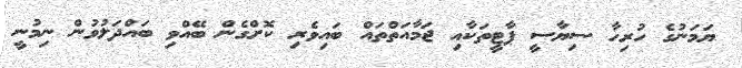
ޔަމަނުގެ ހުރިހާ ސިޔާސީ ޕާޓީތަކާއި ޖަމާއަތްތައް ބައިވެރި ކޮށްގެން ބޭއްވި ބައްދަލުވުން ނިމުނީ